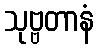
သုဗ္ဗတာနံ